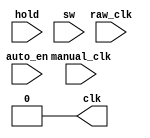
module clock_ctrl(
    input raw_clk,
	input manual_clk,
	input hold,
	input auto_en,
	input [15:0] sw,
	output wire clk
    );

	wire [31:0] clk_interval;
	assign clk_interval = { 8'h00, sw[7:4], 4'h0, sw[3:2], 12'h000, sw[1:0] };
	//localparam clk_interval = 32'h00000008;
	reg [31:0] cur_cnt = 32'h0;
	wire cur_status;
	assign cur_status = !clk;

	initial clk = 1'b0;

	wire [31:0] tmp;
	assign tmp = cur_cnt + 32'h00000001;

	assign clk = raw_clk && auto_en;

	/*always @(posedge raw_clk) begin
		if (!auto_en) begin
			if (tmp >= clk_interval) begin
				cur_cnt = 32'h0;
				clk = cur_status;
			end else begin
				cur_cnt = tmp;
			end
		end 
	end*/

endmodule